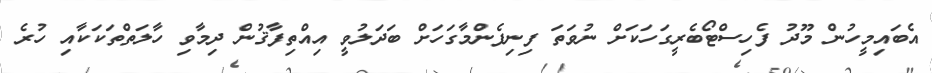
އެބައިމީހުން މޫދު ފެހިސްޓޯބެރީގަހަކަށް ނުވަތަ ފިނިފެންމާގަހަށް ބަދަލުވީ އިއްތިފާޤުން ދިމާވި ހާލަތްތަކަކާއި ހުރެ